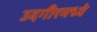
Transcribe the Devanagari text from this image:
उदगीरमध्ये